Report on sanitation, dispensaries, and jails in Rajputana for 1910, and on vaccination for the year 1910-1911 - 1910-1911
Year: 1910
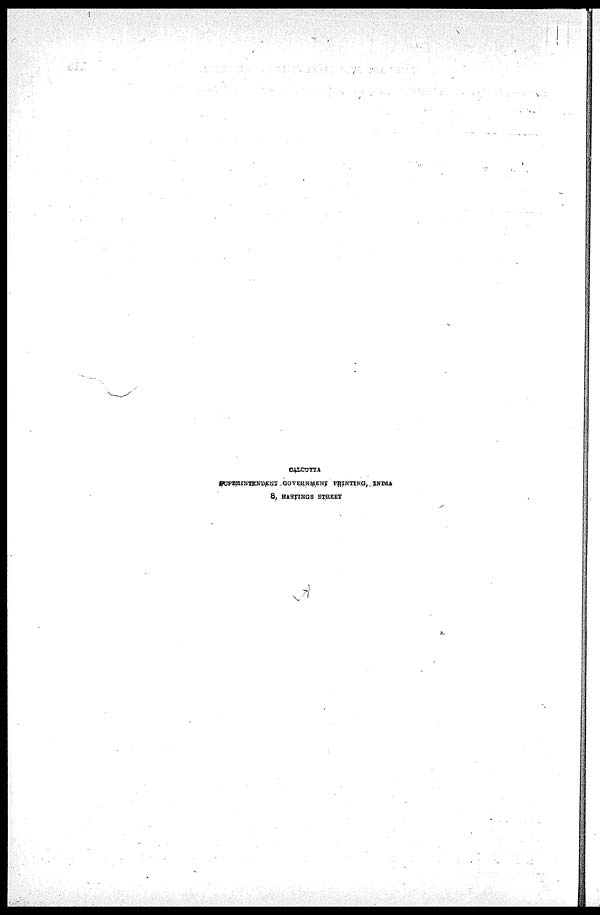
CALCUTTA
SUPERINTENDENT GOVERNMENT PRINTING, INDIA
8, HASTINGS STREET